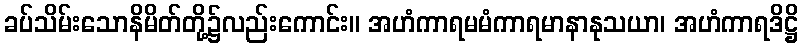
ခပ်သိမ်းသောနိမိတ်တို့၌လည်းကောင်း။ အဟံကာရမမံကာရမာနာနုသယာ၊ အဟံကာရဒိဋ္ဌိ